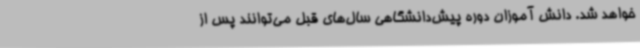
خواهد شد. دانش آموزان دوره پیش‌دانشگاهی سال‌های قبل می‌توانند پس از